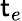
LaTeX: \mathsf{t}_{e}